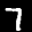
Label: 7